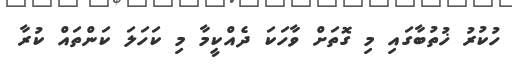
ހުކުރު ޚުތުބާގައި މި ގޮތަށް ވާހަކަ ދެއްކީމާ މި ކަހަލަ ކަންތައް ކުރާ